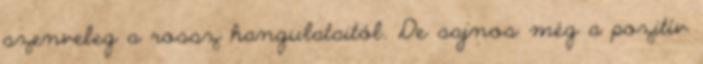
szenveleg a rossz hangulataitól. De sajnos még a pozitív